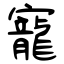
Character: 寵